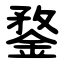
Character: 鍪